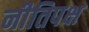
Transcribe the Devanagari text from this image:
नीतिपक्ष